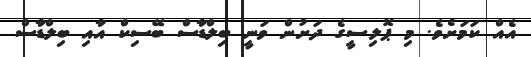
އެއް ކަމަށެވެ. މި ޕޮލިސީގެ ދަށުން ވަނީ ބިލްޑާސް ބޭސިކް އާއި ބިލްޑާސް